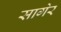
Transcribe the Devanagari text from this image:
सागेर